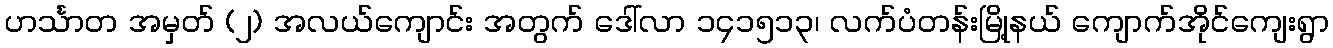
ဟင်္သာတ အမှတ် (၂) အလယ်ကျောင်း အတွက် ဒေါ်လာ ၁၄၁၅၁၃၊ လက်ပံတန်းမြို့နယ် ကျောက်အိုင်ကျေးရွာ